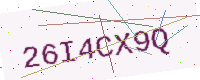
Text: 26I4CX9Q